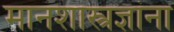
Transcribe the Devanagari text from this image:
मानशास्त्रज्ञांना